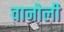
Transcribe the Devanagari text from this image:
वानोली